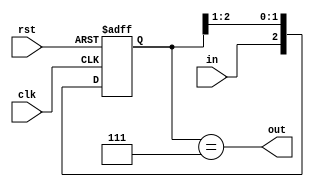
`timescale 1ns / 1ps
//////////////////////////////////////////////////////////////////////////////////
// Company: 
// Engineer: 
// 
// Design Name: 
// Module Name:    Debouncer 
// Project Name: 
// Target Devices: 
// Tool versions: 
// Description: 
//
// Dependencies: 
//
// Revision: 
// Revision 0.01 - File Created
// Additional Comments: 
//
//////////////////////////////////////////////////////////////////////////////////
module Debouncer(in, out, rst, clk);
input in, clk, rst;
output out;
reg [2:0]save;
assign out = (save == 3'b111);
always@(posedge clk or posedge rst) begin
if(rst) save <= 3'b000;
//else save <= {~in,save[2],save[1]};
else save <= {in,save[2],save[1]};
end
endmodule